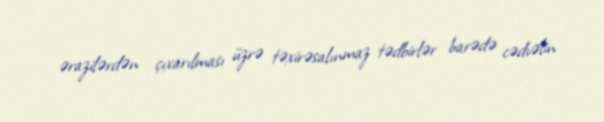
ərazilərdən çıxarılması üzrə təxirəsalınmaz tədbirlər barədə cədvəlin